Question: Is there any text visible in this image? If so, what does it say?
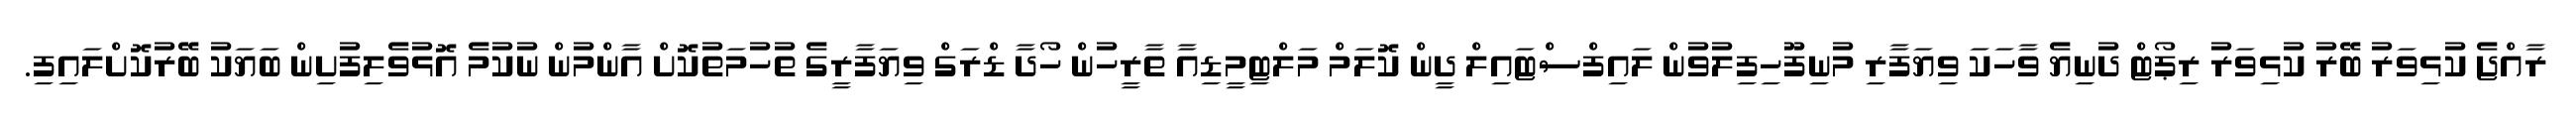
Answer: ރާއްޖެ ކުޅިވަރު ބޭރު ކުޅިވަރު ރިޕޯޓް ދުނިޔެ ވާހަކަ ވިޔަފާރި މުނިފޫހިފިލުވުން ލައިފްސްޓައިލް ދީން ކޮލަމް މަލްޓިމީޑިއާ ތާރީހުން ހޯދާ ޑްރަގް ވިޔަފާރީގެ ތުހުމަތުކޮށް އާންމުން ނުކުމެ އޮޅުވެލިފުށިން ބަޔަކު ބޭރުކޮށްލައިފި.